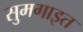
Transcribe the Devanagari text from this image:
सुमगाइत